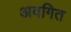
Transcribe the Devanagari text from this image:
अवगित